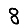
Digit: 8